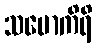
သမောကိရိ